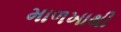
માળખાથી